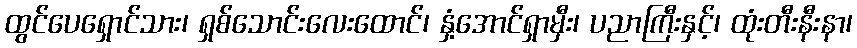
ထွင်ပေရှောင်သား၊ ရှစ်သောင်းလေးထောင်၊ နှံ့အောင်ရှာမှီး၊ ပညာကြီးနှင့်၊ ထုံးတီးနီးနာ၊